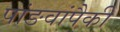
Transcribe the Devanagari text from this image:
पांङवांपैकी